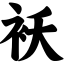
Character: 袄